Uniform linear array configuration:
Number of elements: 24
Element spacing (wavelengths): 0.75
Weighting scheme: kaiser
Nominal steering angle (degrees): -15
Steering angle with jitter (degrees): -16.865
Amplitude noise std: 0.05
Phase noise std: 0.05

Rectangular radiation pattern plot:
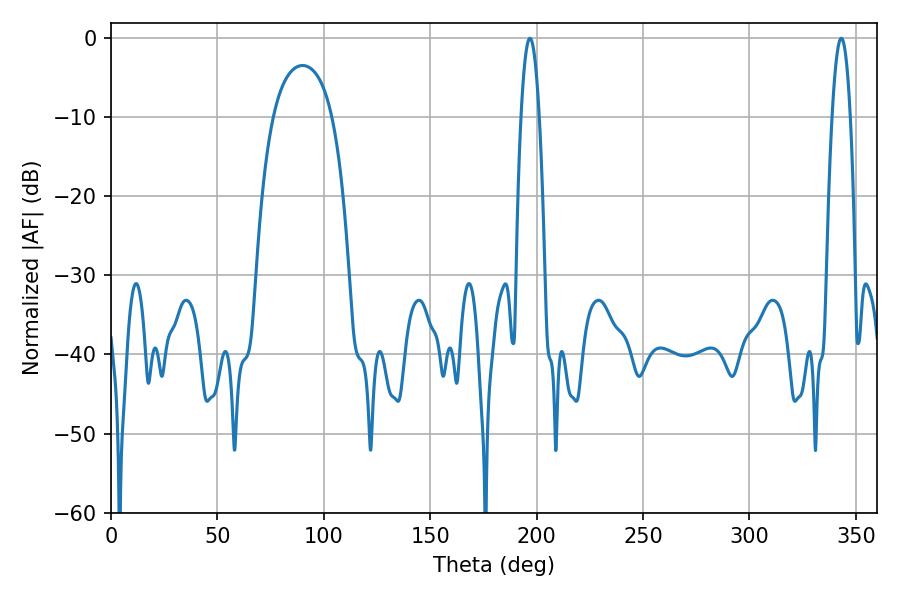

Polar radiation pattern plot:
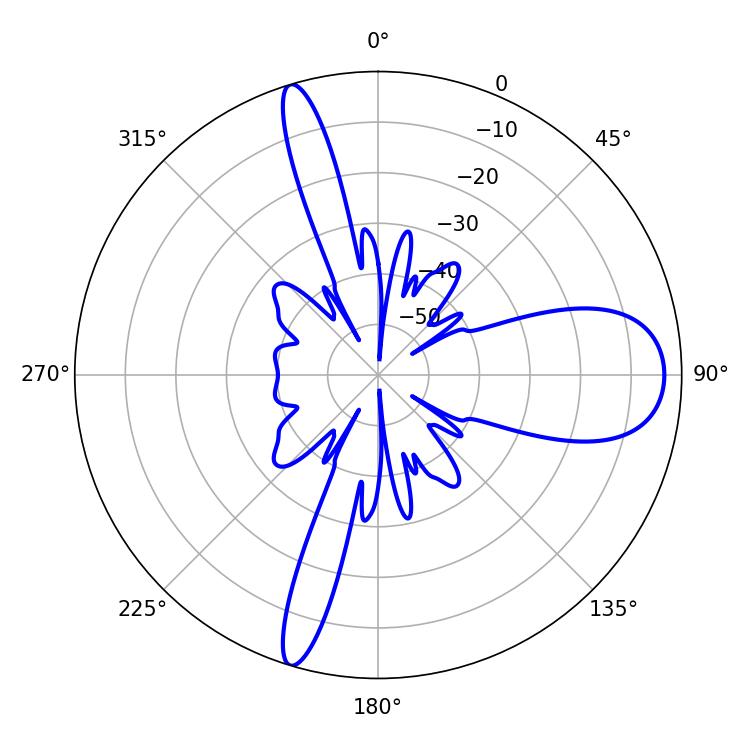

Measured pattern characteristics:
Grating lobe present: TRUE
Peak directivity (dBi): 12.717
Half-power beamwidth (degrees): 4.68
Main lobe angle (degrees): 343.08